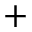
+